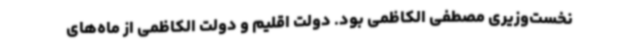
نخست‌وزیری مصطفی الکاظمی بود. دولت اقلیم و دولت الکاظمی از ماه‌های